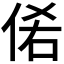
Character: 𰂊